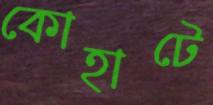
কোহাটে